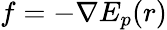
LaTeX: f=-\nabla E_{p}(r)